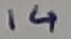
Text: 14